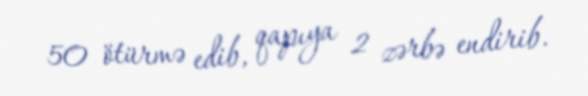
50 ötürmə edib, qapıya 2 zərbə endirib.